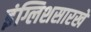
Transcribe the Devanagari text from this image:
इंग्लिशसारखे